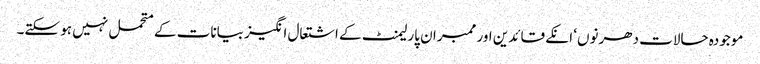
موجودہ حالات دھرنوں‘ انکے قائدین اور ممبران پارلیمنٹ کے اشتعال انگیز بیانات کے متحمل نہیں ہو سکتے۔